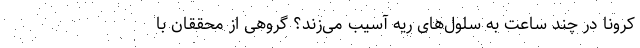
کرونا در چند ساعت به سلول‌های ریه آسیب می‌زند؟ گروهی از محققان با